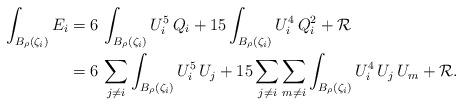
LaTeX: \begin{align*}\int_{B_{\rho}(\zeta_i)}E_i&=6\,\int_{B_{\rho}(\zeta_i)}U_i^5\,Q_i+15\int_{B_{\rho}(\zeta_i)}U_i^4\,Q_i^2+\mathcal{R}\\&=6\,\sum_{j\neq i}\int_{B_{\rho}(\zeta_i)}U_i^5\,U_j+15\sum_{j\neq i}\sum_{m\neq i}\int_{B_{\rho}(\zeta_i)}U_i^4\, U_j\, U_m+\mathcal{R}.\end{align*}